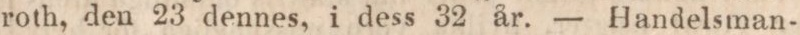
roth, den 23 dennes, i dess 32 år. — Handelsman-